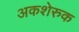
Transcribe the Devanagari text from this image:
अकशेरुक